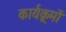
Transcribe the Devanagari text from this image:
कार्यक्र्रमों